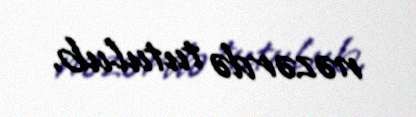
nəzərdə tutulub.